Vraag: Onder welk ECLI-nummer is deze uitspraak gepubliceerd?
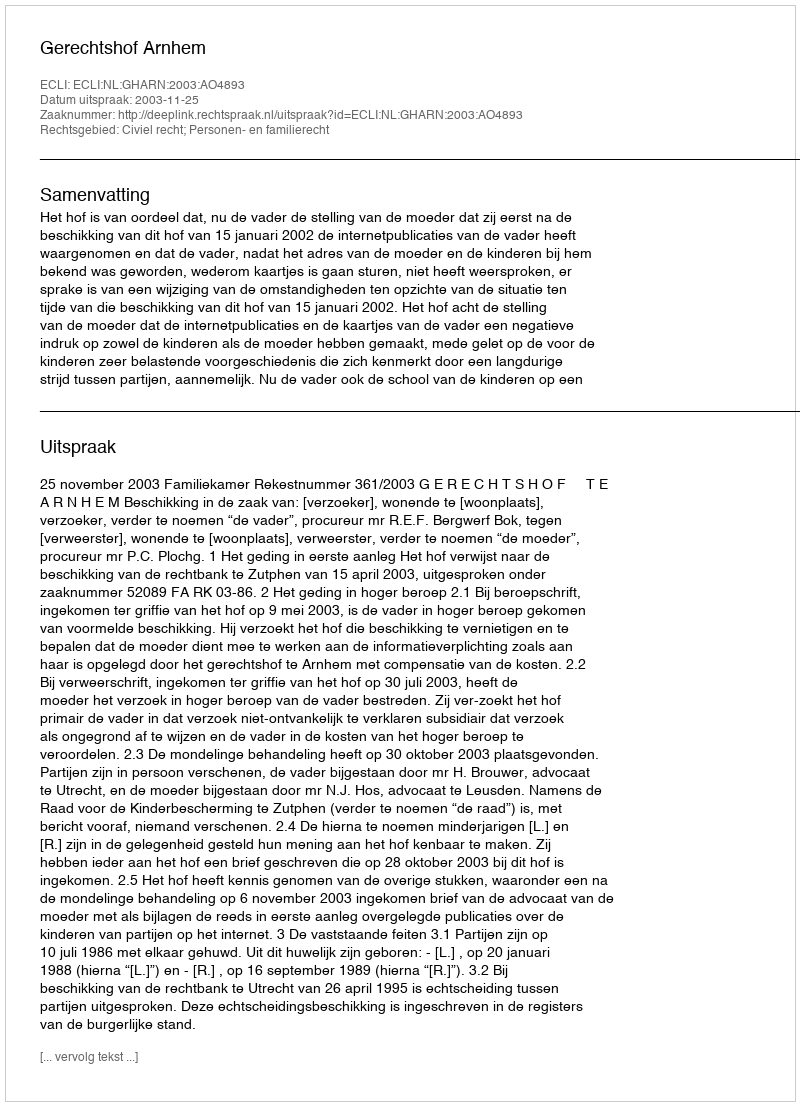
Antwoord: ECLI:NL:GHARN:2003:AO4893